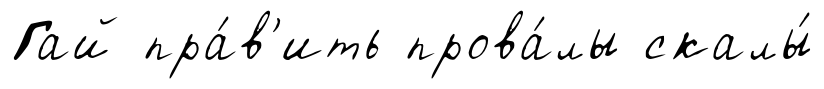
Гай пра́в'ить прова́лы скалы́